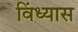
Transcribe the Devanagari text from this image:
विंध्यास